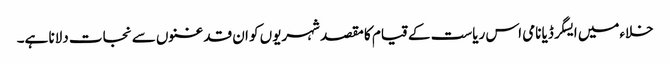
خلاءمیں ایسگرڈیا نامی اس ریاست کے قیام کا مقصد شہریوں کو ان قدغنوں سے نجات دلانا ہے۔